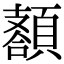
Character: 𩔩